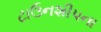
ટાઉનશીપના